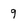
Character: 9